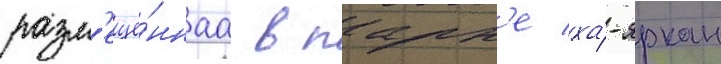
разм'ещё́ннаа в парк'е ха́-яркон